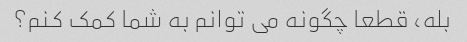
بله، قطعا چگونه می توانم به شما کمک کنم؟